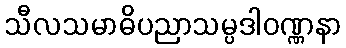
သီလသမာဓိပညာသမ္ပဒါဝဏ္ဏနာ